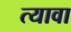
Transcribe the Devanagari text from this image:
त्यावा